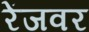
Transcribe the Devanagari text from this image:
रेंजवर